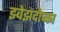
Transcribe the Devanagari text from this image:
झ्वेझदोच्का